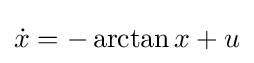
{\dot {x}}=-\arctan {x}+u